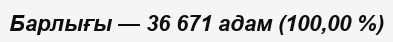
Барлығы — 36 671 адам (100,00 %)